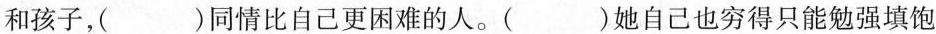
和孩子，( )同情比自己更困难的人。( )她自己也穷得只能勉强填饱